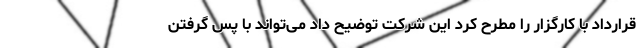
قرارداد با کارگزار را مطرح کرد این شرکت توضیح داد می‌تواند با پس گرفتن